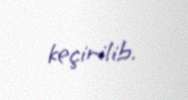
keçirilib.